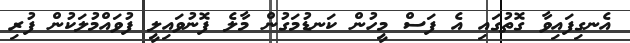
އެނގިފައިވާ ގޮތުގައި އެ ފަސް މީހުން ކަނޑުމަގުން މާލެ ފޮނުވައިލީ ފުވައްމުލަކުން ފުރި